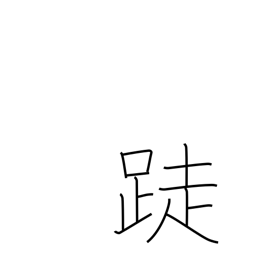
Meaning: barefoot